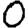
Digit: 0